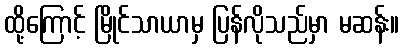
ထို့ကြောင့် မြိုင်သာယာမှ ပြန်လိုသည်မှာ မဆန်း။